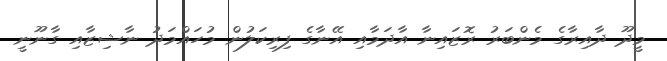
މީދޫ ދާއިރާގެ މެންބަރު ރޮޒައިނާ އާދަމާއި އޭނާގެ ފިރިކަލުން މުހައްމަދު ނާޝިޒާއި ގާނޫނީ